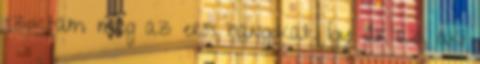
szoktam meg az erős hangokat. Így jár az, aki